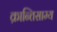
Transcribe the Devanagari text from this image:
क्रान्तिसाम्य